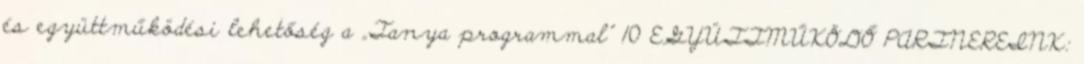
és együttműködési lehetőség a „Tanya programmal” 10 EGYÜTTMŰKÖDŐ PARTNEREINK: